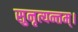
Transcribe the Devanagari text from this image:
सुनृत्यन्तम्‌।